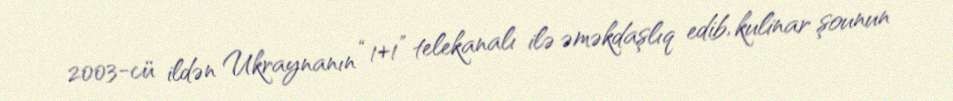
2003-cü ildən Ukraynanın “1+1” telekanalı ilə əməkdaşlıq edib, kulinar şounun